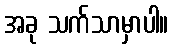
အခု သက်သာမှာပါ။